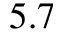
5 . 7